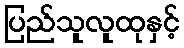
ပြည်သူလူထုနှင့်